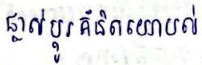
ផ្លាស់ប្តូរគំនិតយោបល់